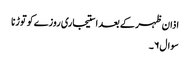
اذان ظہر کے بعد استیجاری روزےکو توڑنا
سوال۶۔